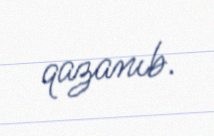
qazanıb.